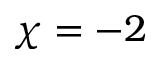
\chi = - 2